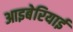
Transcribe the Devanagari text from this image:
आइबेरियाई